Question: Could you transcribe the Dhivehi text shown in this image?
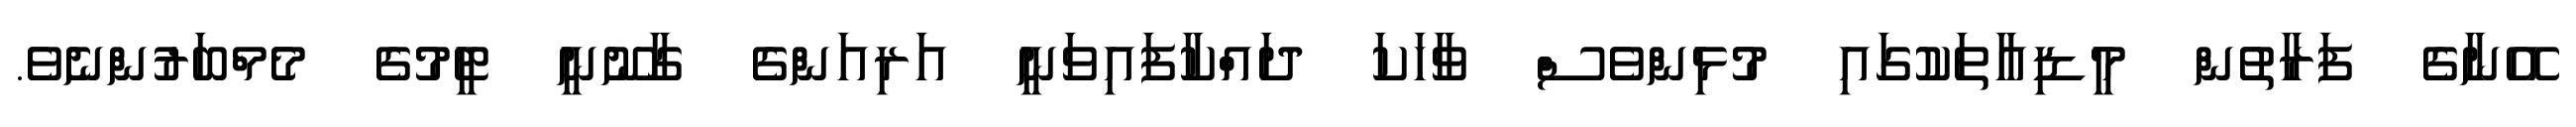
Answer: އޭނާގެ ފަރާތުން މީޑިއާތަކުގައި މުޅިންވެސް ވާހަކަ ދައްކާފައިވަނީ އަރިއަންގެ ގާނޫނީ ޓީމުގެ މެމްބަރުންނެވެ.